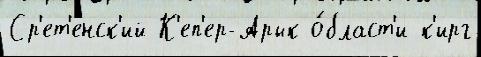
Ср'ет'енск'ий К'еп'ер-Арык о́бласт'и к'ирг